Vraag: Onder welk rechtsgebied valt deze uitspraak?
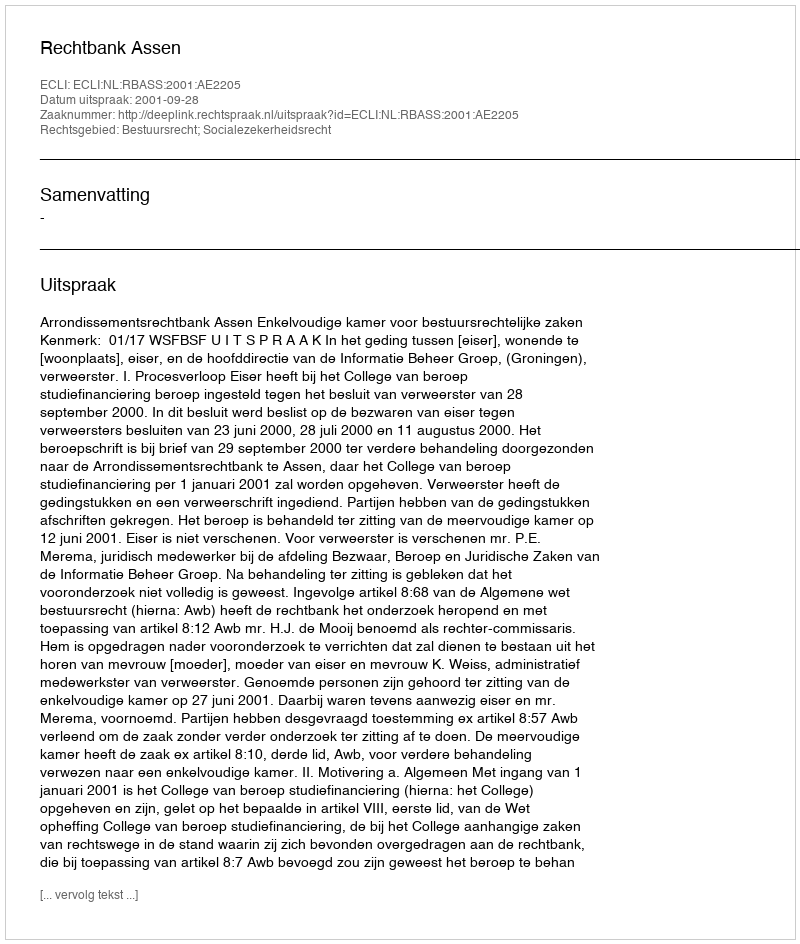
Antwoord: Bestuursrecht; Socialezekerheidsrecht